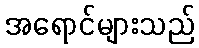
အရောင်များသည်